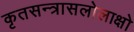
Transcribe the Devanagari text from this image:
कृतसन्त्रासलोलाक्षो